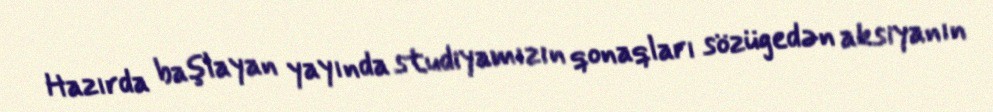
Hazırda başlayan yayında studiyamızın qonaqları sözügedən aksiyanın